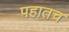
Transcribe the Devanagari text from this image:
पहातच